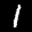
Label: 1